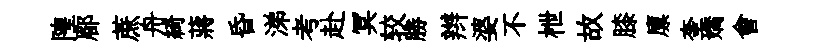
隍郿蔗舟綺蔣昏涕考赴冥较勝辫婆不枻故膝廪奎嬌會